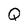
Character: Q